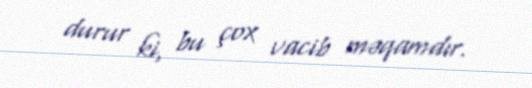
durur ki, bu çox vacib məqamdır.